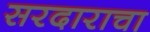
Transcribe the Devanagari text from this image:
सरदाराचा